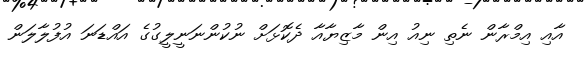
އާއި އިމްރާން ނެތި ނިއު އިން މާޒިޔާއާ ދެކޮޅަށް ނުކުންނަނީލީގުގެ އައްޑަނަ އުފުލާލަން